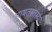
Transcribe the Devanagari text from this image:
भाषतस्तस्य